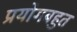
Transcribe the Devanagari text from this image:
प्रयोगबहुत